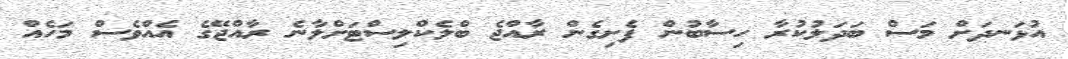
އުޅަނދަށް މަސް ބަދަލުކުރާ ހިސާބުން ފެށިގެން ރާއްޖެ ބްލެކްލިސްޓަށްލާނެ ރާއްޖޭގެ އެއްވެސް މަހެއް